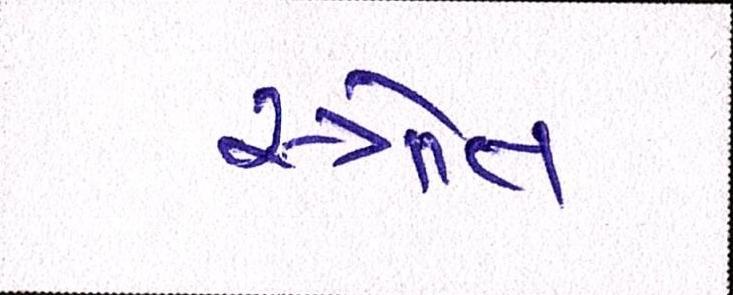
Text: સ્ત્રોત